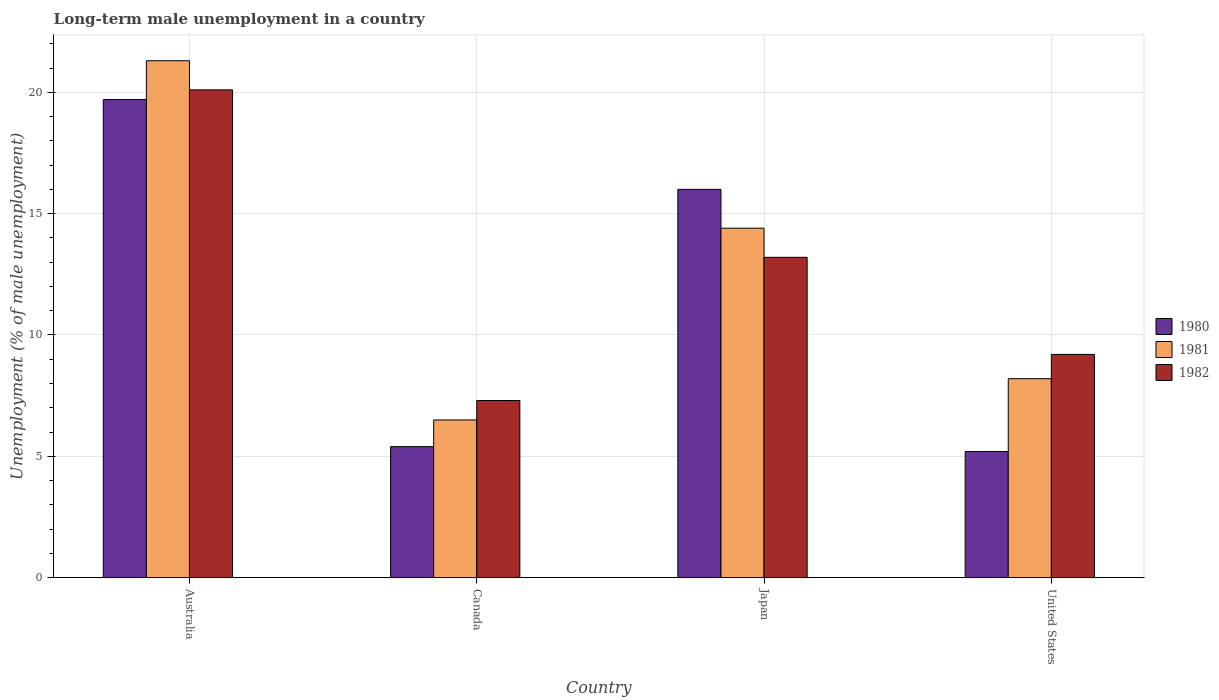
| Country | 1980 | 1981 | 1982 |
 | --- | --- | --- | --- |
 | Australia | 19.7 | 21.3 | 20.1 |
 | Canada | 5.4 | 6.5 | 7.3 |
 | Japan | 16 | 14.4 | 13.2 |
 | United States | 5.2 | 8.2 | 9.2 |